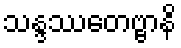
သန္ဒဿေတဗ္ဗာနိ